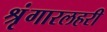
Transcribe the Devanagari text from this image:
श्रृंगारलहरी